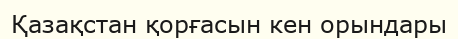
Қазақстан қорғасын кен орындары